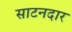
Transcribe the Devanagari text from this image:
साटनदार